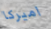
اميركا